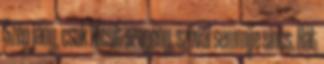
Szép jány, csak kicsit szegény, szóval semmije sincs. Hát